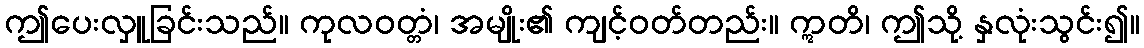
ဤပေးလှူခြင်းသည်။ ကုလဝတ္တံ၊ အမျိုး၏ ကျင့်ဝတ်တည်း။ ဣတိ၊ ဤသို့ နှလုံးသွင်း၍။